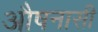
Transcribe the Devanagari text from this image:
औषनासी